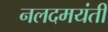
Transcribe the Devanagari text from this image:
नलदमयंती